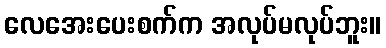
လေအေးပေးစက်က အလုပ်မလုပ်ဘူး။